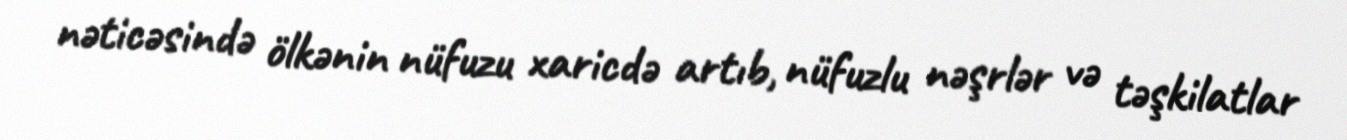
nəticəsində ölkənin nüfuzu xaricdə artıb, nüfuzlu nəşrlər və təşkilatlar